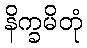
နိက္ခမိတုံ